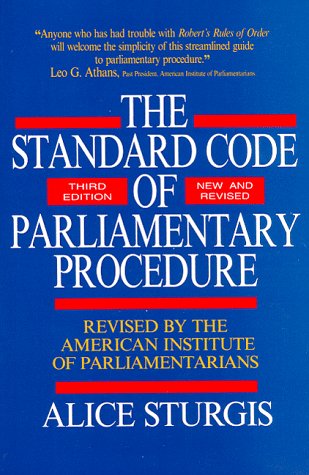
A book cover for The Standard Code of Parliamentary Procedure (Third Edition, New and Revised); Alice Sturgis; Reference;